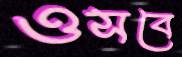
ওসবে